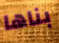
بناها